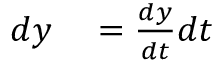
\begin{array} { r l } { d y } & { { } = { \frac { d y } { d t } } d t } \end{array}